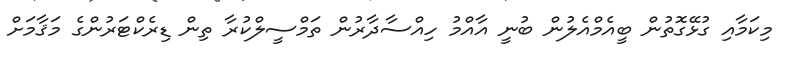
މިކަމާއި ގުޅޭގޮތުން ބީއެމްއެލުން ބުނީ އާއްމު ހިއްސާދާރުން ތަމްސީލްކުރާ ތިން ޑިރެކްޓަރުންގެ މަޤާމަށް